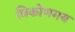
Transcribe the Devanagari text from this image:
त्रिकोणमय